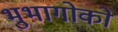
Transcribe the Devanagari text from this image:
भुभागोको